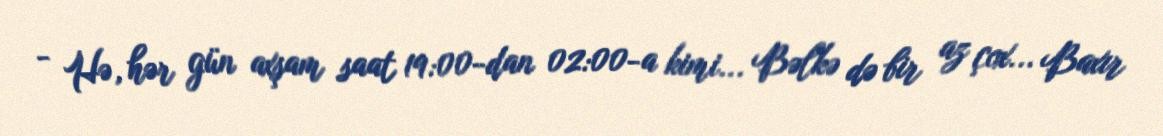
- Hə, hər gün axşam saat 19:00-dan 02:00-a kimi... Bəlkə də bir az çox... Baxır